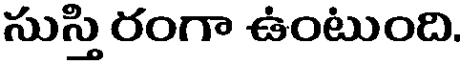
సుస్తి రంగా ఉంటుంది.